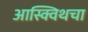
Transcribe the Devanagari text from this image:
आस्क्विथचा